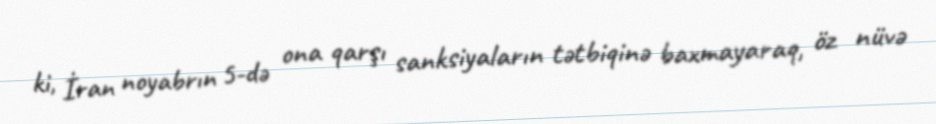
ki, İran noyabrın 5-də ona qarşı sanksiyaların tətbiqinə baxmayaraq, öz nüvə